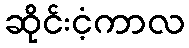
ဆိုင်းငံ့ကာလ